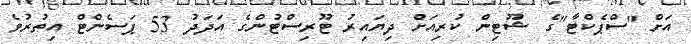
އަށް "ސްޕެކްޓާ"ގެ ޝޫޓިން ކުރިއަށް ދިޔައިރު ޓޫރިސްޓުންގެ އަދަދު 53 ޕަސެންޓް އިތުރުވެ